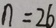
n = 2 6